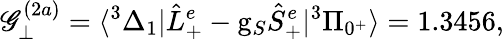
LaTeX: \mathscr{G}_{\perp}^{(2a)}=\langle^{3}\Delta_{1}|\hat{{L}}_{+}^{e}-\mathrm{{g}}_{S}\hat{{S}}_{+}^{e}|^{3}\Pi_{0^{+}}\rangle=1.3456,